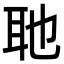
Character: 𮋭